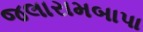
જલારામબાપા